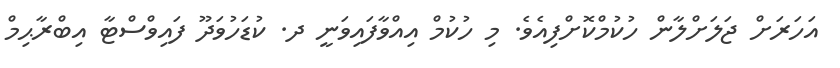
އަހަރަށް ޖަލަށްލާން ހުކުމްކޮށްފިއެވެ. މި ހުކުމް އިއްވާފައިވަނީ ދ. ކުޑަހުވަދޫ ފައިވްސްޓާ އިބްރާޙިމް